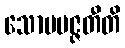
သောပပဇ္ဇတီတိ